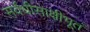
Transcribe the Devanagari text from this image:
सर्वधीसाक्षीभूतं